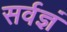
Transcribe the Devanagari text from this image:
सर्वज्ञं